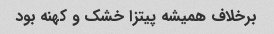
برخلاف همیشه پیتزا خشک و کهنه بود